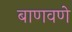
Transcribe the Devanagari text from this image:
बाणवणे